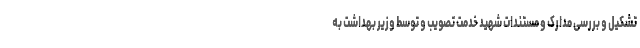
تشکیل و بررسی مدارک و مستندات شهید خدمت تصویب و توسط وزیر بهداشت به